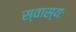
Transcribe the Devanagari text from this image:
स्वास्यः